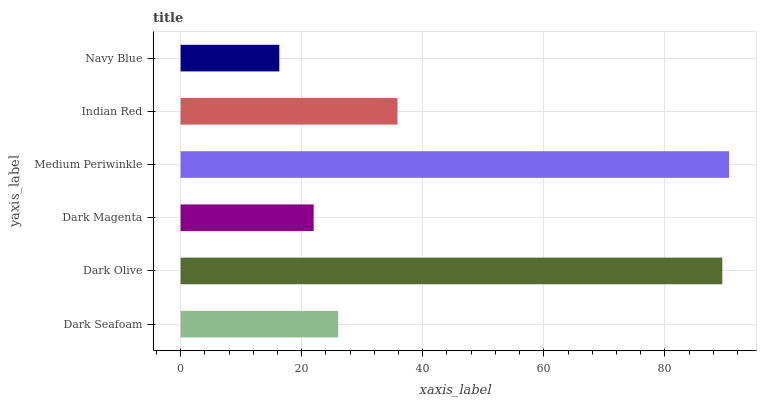
| yaxis_label | bars |
 | --- | --- |
 | Dark Seafoam | 26 |
 | Dark Olive | 89.5 |
 | Dark Magenta | 22 |
 | Medium Periwinkle | 90.6 |
 | Indian Red | 35.8 |
 | Navy Blue | 16.3 |